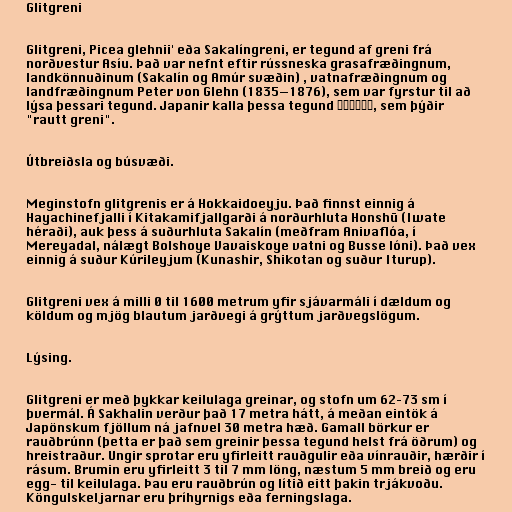
Glitgreni

Glitgreni, Picea glehnii' eða Sakalíngreni, er tegund af greni frá
norðvestur Asíu. Það var nefnt eftir rússneska grasafræðingnum,
landkönnuðinum (Sakalín og Amúr svæðin) , vatnafræðingnum og
landfræðingnum Peter von Glehn (1835—1876), sem var fyrstur til að
lýsa þessari tegund. Japanir kalla þessa tegund アカエゾマツ, sem þýðir
"rautt greni".

Útbreiðsla og búsvæði.

Meginstofn glitgrenis er á Hokkaidoeyju. Það finnst einnig á
Hayachinefjalli í Kitakamifjallgarði á norðurhluta Honshū (Iwate
héraði), auk þess á suðurhluta Sakalín (meðfram Anivaflóa, í
Mereyadal, nálægt Bolshoye Vavaiskoye vatni og Busse lóni). Það vex
einnig á suður Kúrileyjum (Kunashir, Shikotan og suður Iturup).

Glitgreni vex á milli 0 til 1600 metrum yfir sjávarmáli í dældum og
köldum og mjög blautum jarðvegi á grýttum jarðvegslögum.

Lýsing.

Glitgreni er með þykkar keilulaga greinar, og stofn um 62–73 sm í
þvermál. Á Sakhalin verður það 17 metra hátt, á meðan eintök á
Japönskum fjöllum ná jafnvel 30 metra hæð. Gamall börkur er
rauðbrúnn (þetta er það sem greinir þessa tegund helst frá öðrum) og
hreistraður. Ungir sprotar eru yfirleitt rauðgulir eða vínrauðir, hærðir í
rásum. Brumin eru yfirleitt 3 til 7 mm löng, næstum 5 mm breið og eru
egg- til keilulaga. Þau eru rauðbrún og lítið eitt þakin trjákvoðu.
Köngulskeljarnar eru þríhyrnigs eða ferningslaga.